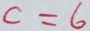
c = 6